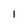
Character: l